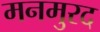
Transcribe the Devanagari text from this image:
मनमुरद